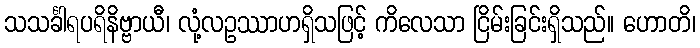
သသင်္ခါရပရိနိဗ္ဗာယီ၊ လုံ့လဥဿာဟရှိသဖြင့် ကိလေသာ ငြိမ်းခြင်းရှိသည်။ ဟောတိ၊